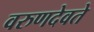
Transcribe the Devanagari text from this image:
वरुणदेवते